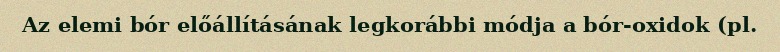
Az elemi bór előállításának legkorábbi módja a bór-oxidok (pl.